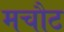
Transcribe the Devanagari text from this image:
मचौट